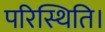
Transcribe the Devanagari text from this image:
परिस्थिति।